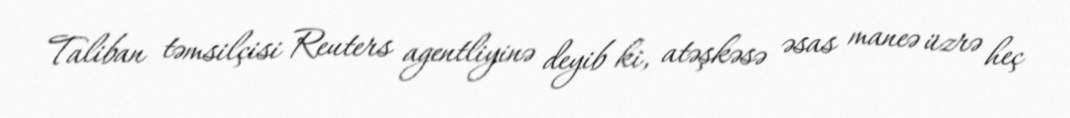
Taliban təmsilçisi Reuters agentliyinə deyib ki, atəşkəsə əsas maneə üzrə heç